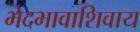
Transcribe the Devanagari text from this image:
भेदभावाशिवाय